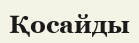
Қосайды